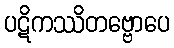
ပဋိကဿိတဗ္ဗောပေ